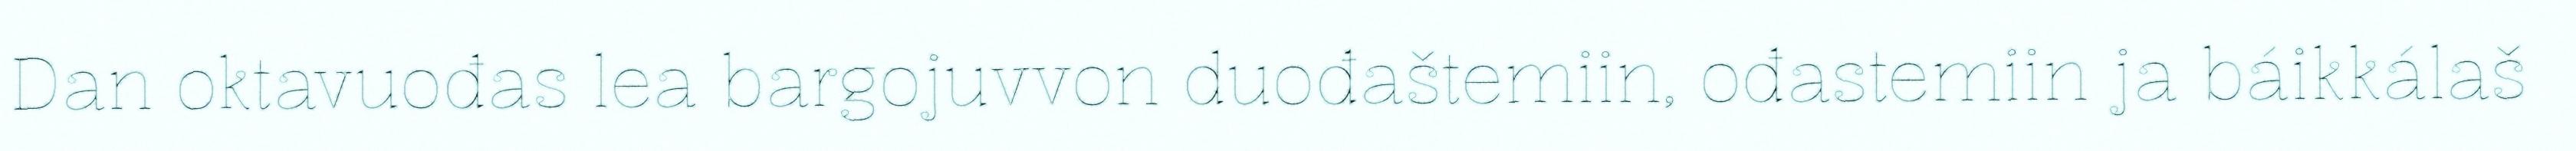
Dan oktavuođas lea bargojuvvon duođaštemiin, ođastemiin ja báikkálaš